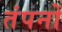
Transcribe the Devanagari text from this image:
तंपनों